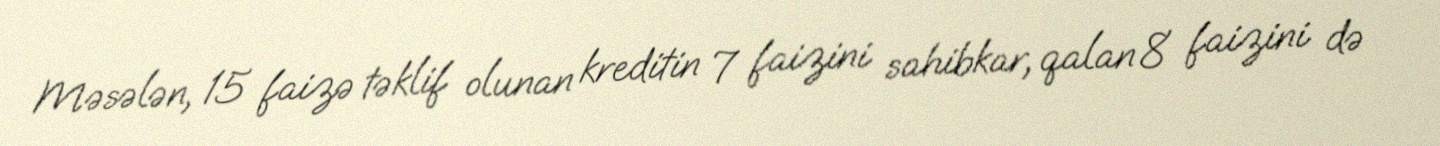
Məsələn, 15 faizə təklif olunan kreditin 7 faizini sahibkar, qalan 8 faizini də